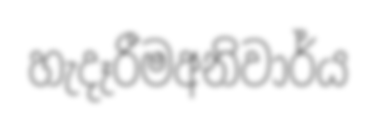
හැදෑරීමඅනිවාර්ය